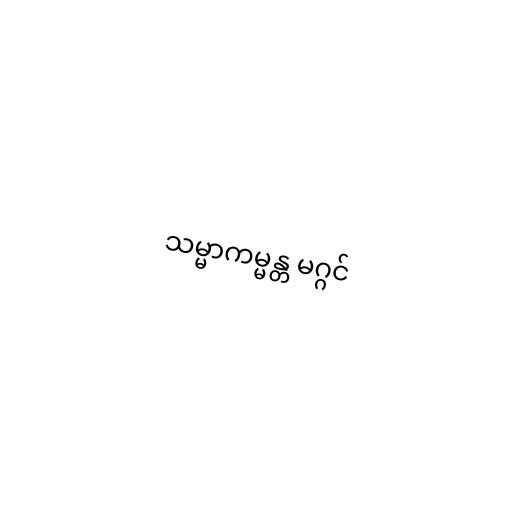
သမ္မာကမ္မန္တ မဂ္ဂင်